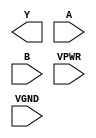
module sky130_fd_sc_hs__nor2 (
    Y   ,
    A   ,
    B   ,
    VPWR,
    VGND
);

    output Y   ;
    input  A   ;
    input  B   ;
    input  VPWR;
    input  VGND;
endmodule